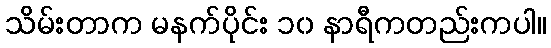
သိမ်းတာက မနက်ပိုင်း ၁၀ နာရီကတည်းကပါ။